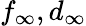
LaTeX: f_{\infty},d_{\infty}